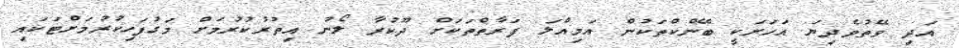
އަދި ވޭތުވެދިޔަ އަހަރަކީ ބޭންކްތަކުން އަމިއްލަ ފަރާތްތަކަށް ދޫކުރާ ލޯނު އިތުރުކުރުމަށް މަގުފަހިކުރުމަށްޓަކައި